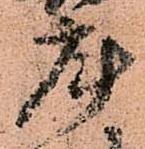
庫